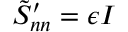
\boldsymbol { \tilde { S } _ { n n } ^ { \prime } } = \epsilon \boldsymbol { I }